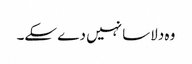
وہ دلاسا نہیں دے سکے۔